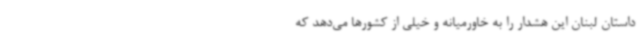
داستان لبنان این هشدار را به خاورمیانه و خیلی از کشورها می‌دهد که